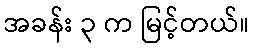
အခန်း ၃ က မြင့်တယ်။